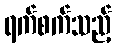
ရက်စက်သည့်